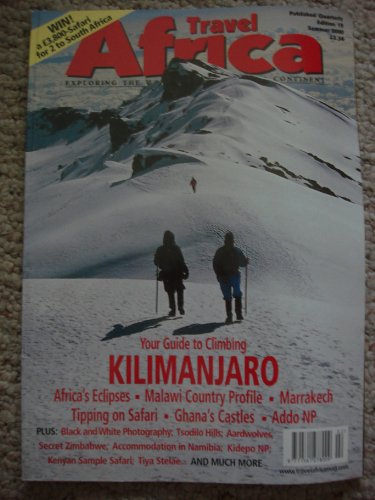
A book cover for Travel Africa Summer 2000 -Kilimanjaro - Malawi - Marrakech - Addo - Ghana - Safari; Travel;